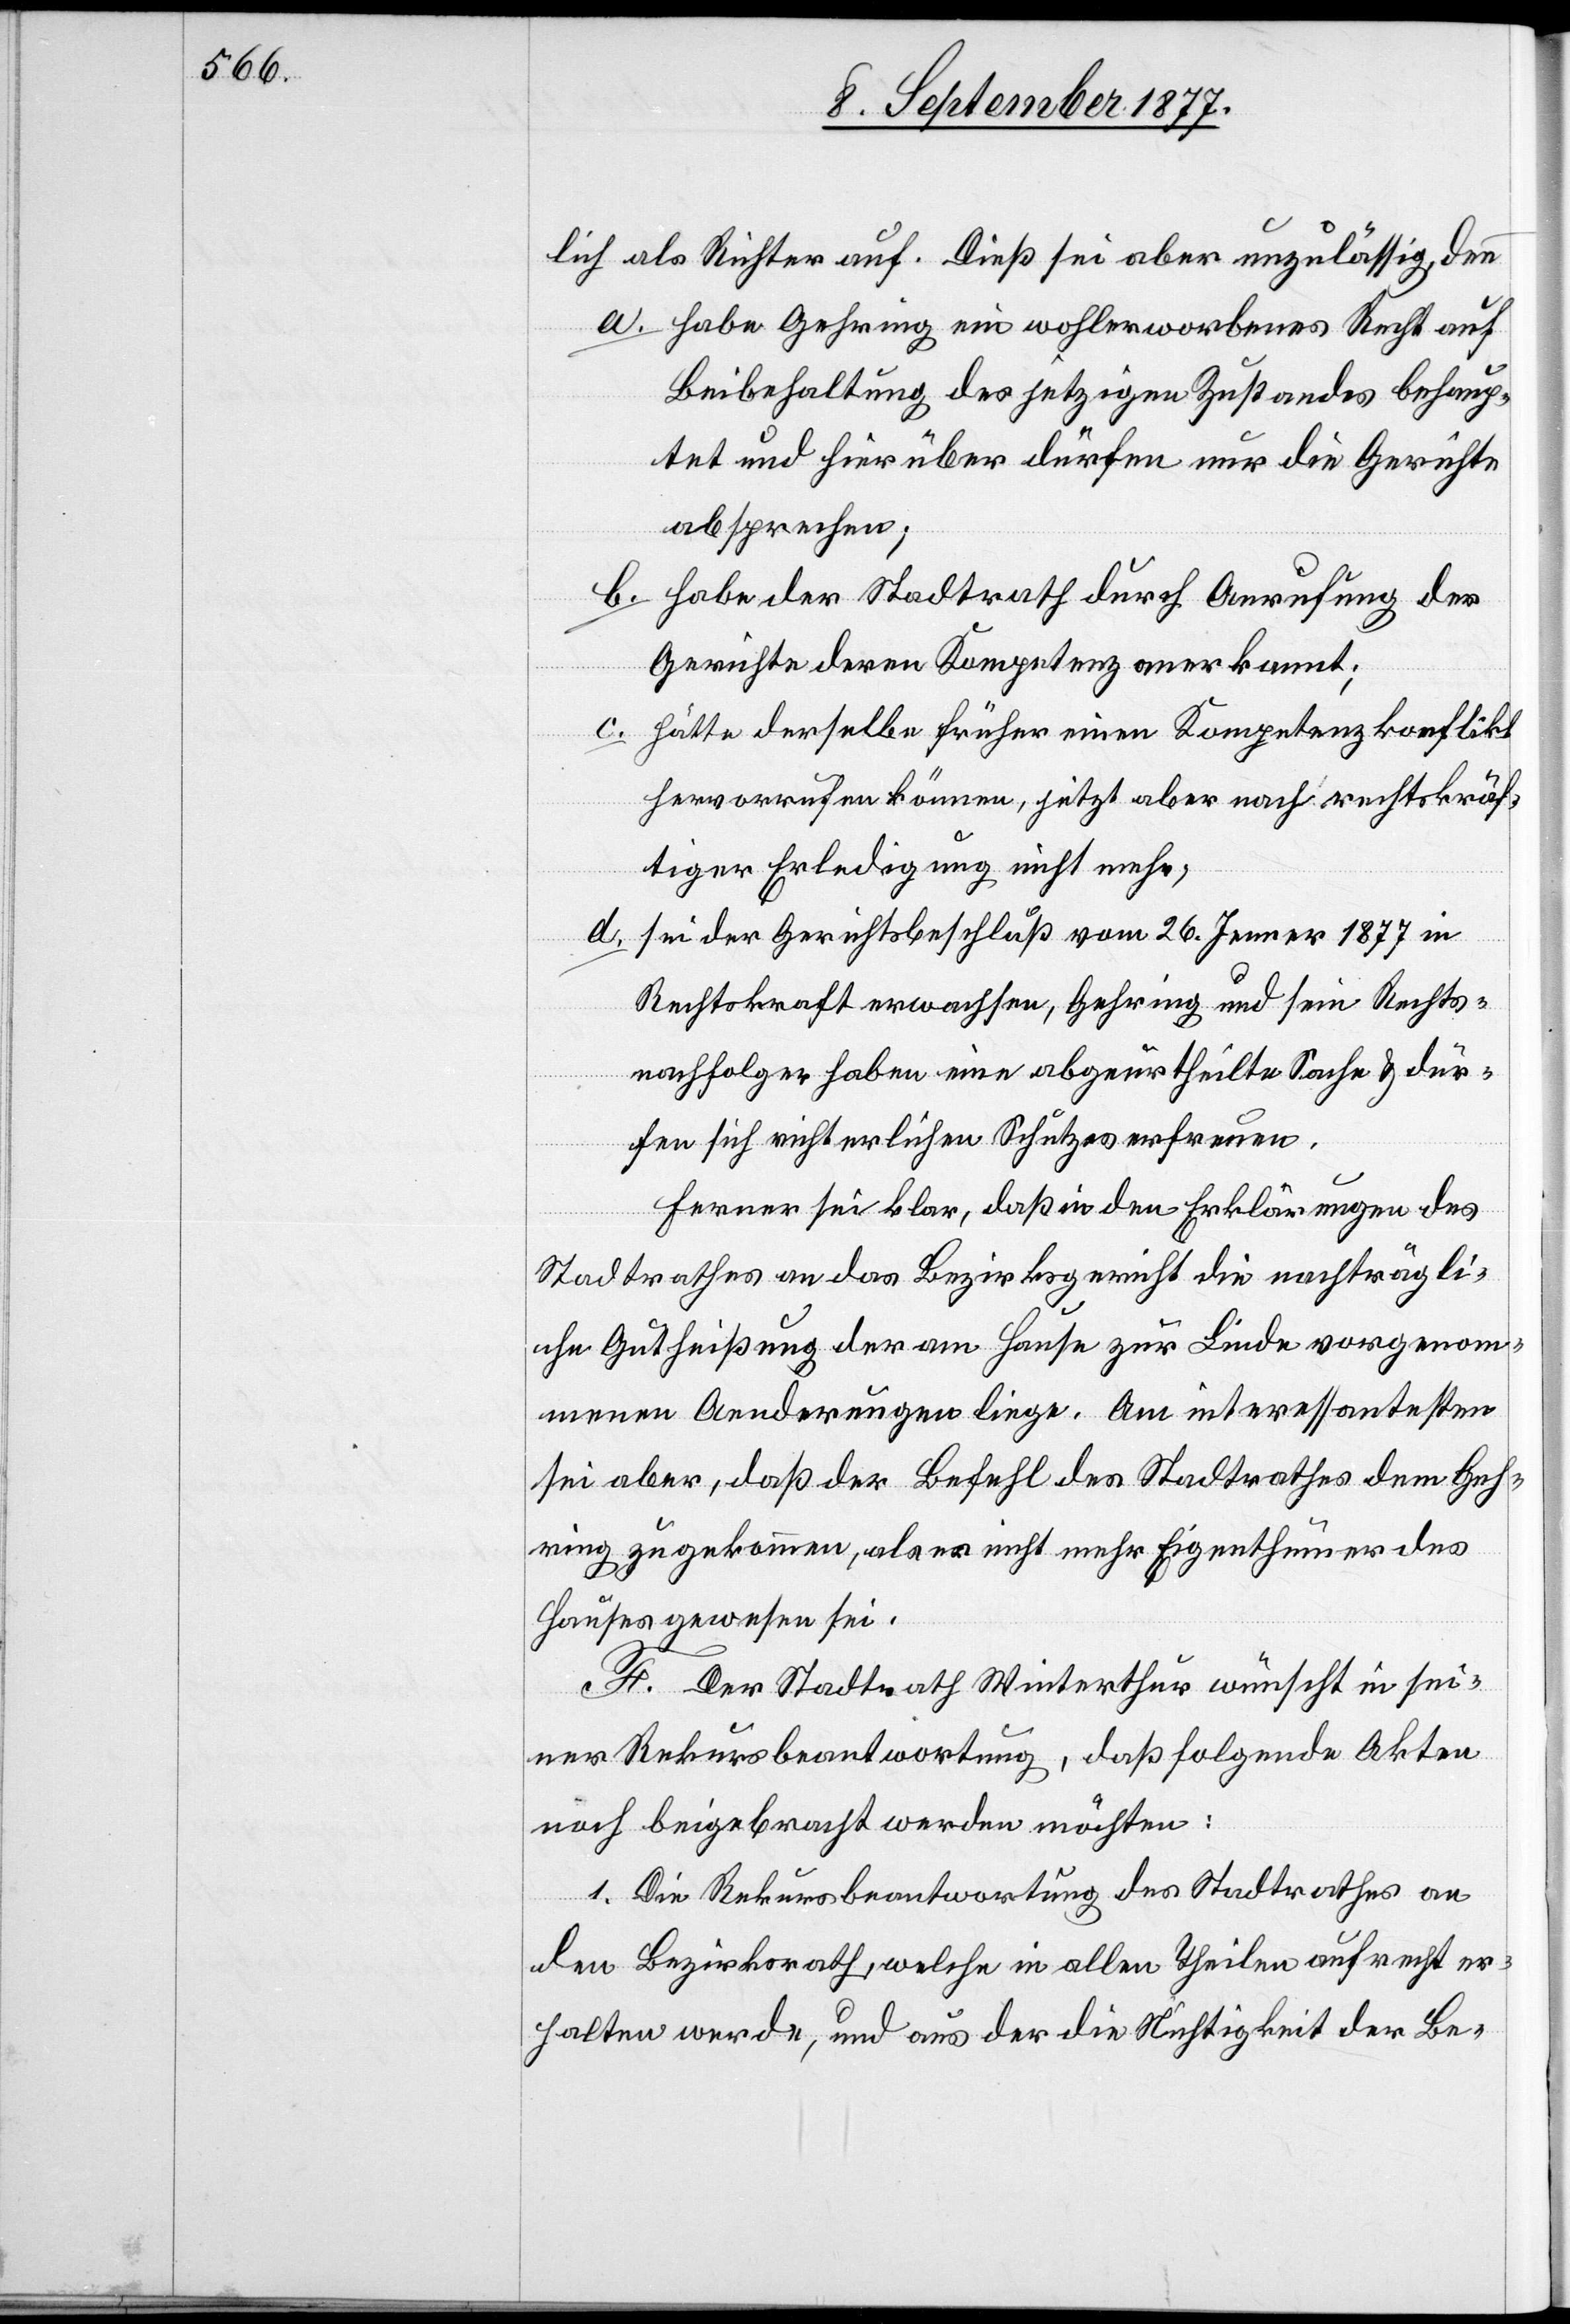
lich als Richter auf. Dieß sei aber unzulässig, denn
habe Gehring ein wohlerworbenes Recht auf
Beibehaltung des jetzigen Zustandes behaup¬
tet und hierüber dürfen nur die Gerichte
absprechen;
habe der Stadtrath durch Anrufung der
Gerichte deren Kompetenz anerkannt;
hätte derselbe früher einen Kompetenzkonflikt
hervorrufen können, jetzt aber nach rechtskräf¬
tiger Erledigung nicht mehr;
d.
sei der Gerichtsbeschluß vom 26. Jenner 1877 in
Rechtskraft erwachsen, Gehring und sein Rechts¬
nachfolger haben eine abgeurtheilte Sache & dür¬
fen sich richterlichen Schutzes erfreuen.
Ferner sei klar, daß in den Erklärungen des
Stadtrathes an das Bezirksgericht die nachträgli¬
che Gutheißung der am Hause zur Linde vorgenom¬
menen Aenderungen liege. Am interessantesten
sei aber, daß der Befehl des Stadtrathes dem Geh¬
ring zugekommen, als er nicht mehr Eigenthümer des
Hauses gewesen sei.
F. Der Stadtrath Winterthur wünscht in sei¬
ner Rekursbeantwortung, daß folgende Akten
noch beigebracht werden möchten:
1. Die Rekursbeantwortung des Stadtrathes an
den Bezirksrath, welche in allen Theilen aufrecht er¬
halten werde, und aus der die Nichtigkeit der Be-